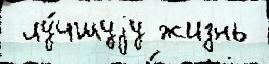
 лу́чшуjу жизнь